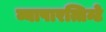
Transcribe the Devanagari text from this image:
व्यापारत्तिन्टे